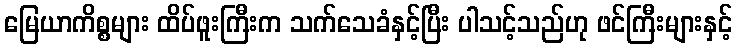
မြေယာကိစ္စများ ထိပ်ဖူးကြီးက သက်သေခံနှင့်ပြီး ပါသင့်သည်ဟု ဖင်ကြီးများနှင့်